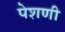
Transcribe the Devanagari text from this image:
पेशणी